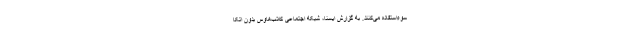
سوء‌استفاده می‌کنند. به گزارش ایسنا، شبکه اجتماعی کلاب‌هاوس بدون اتکا